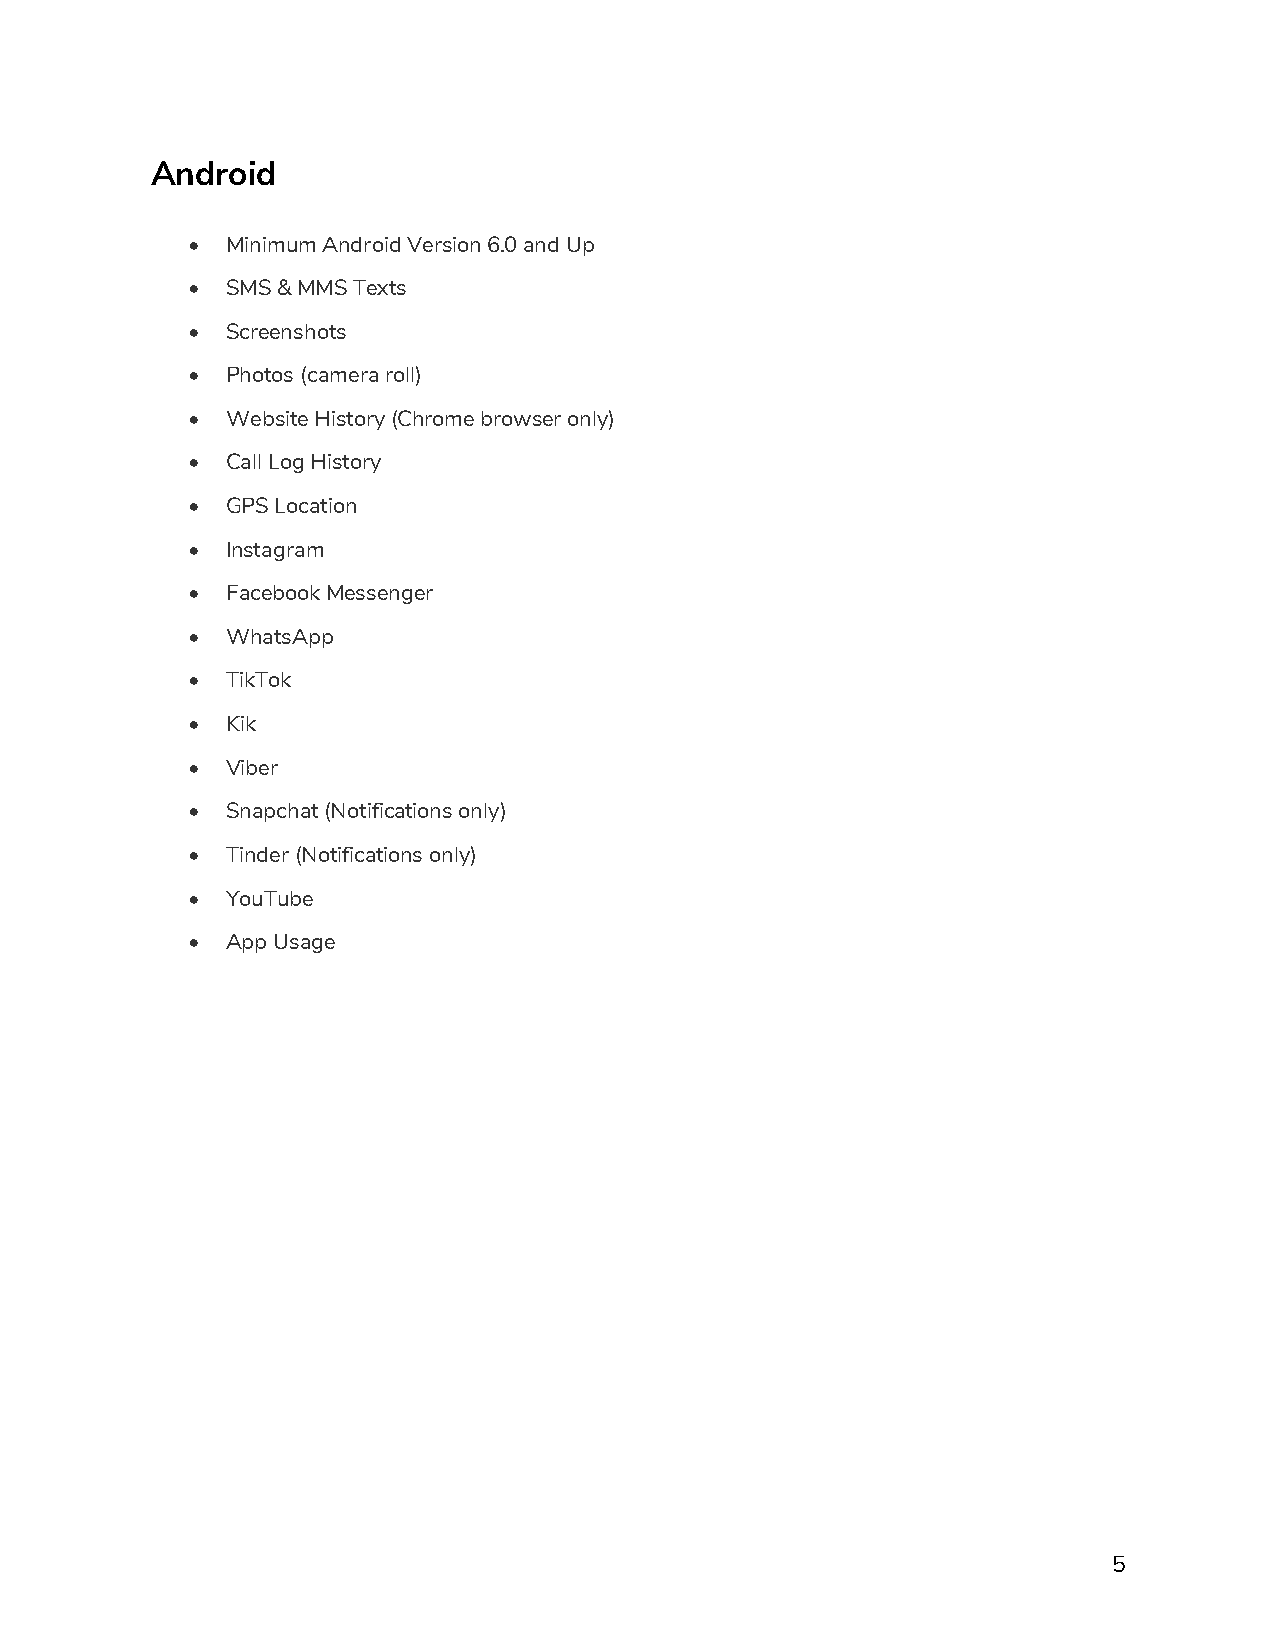
Android
 •  Minimum Android Version 6.0 and Up
 •  SMS & MMS Texts
 •  Screenshots
 •  Photos (camera roll)
 •  Website History (Chrome browser only)
 •  Call Log History
 •  GPS Location
 •  Instagram
 •  Facebook Messenger
 •  WhatsApp
 •  TikTok
 •  Kik
 •  Viber
 •  Snapchat (Notifications only)
 •  Tinder (Notifications only)
 •  YouTube
 •  App Usage
 5